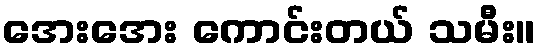
အေးအေး ကောင်းတယ် သမီး။